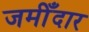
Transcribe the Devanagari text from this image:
जमीँदार